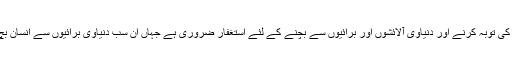
اس قسم کی توبہ کرنے اور دنیاوی آلائشوں اور برائیوں سے بچنے کے لئے استغفار ضروری ہے جہاں ان سب دنیاوی برائیوں سے انسان بچ سکے۔